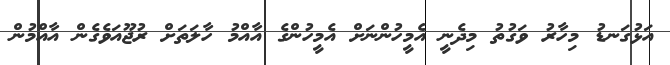
އަޅުގަނޑު މިހާރު ވަގުތު މިދެނީ އެމީހުންނަށް އެމީހުންގެ އާއްމު ހާލަތަށް ރުޖޫއަވެގެން އާއްމުން